Reports on military cantonments and civil stations in the Presidency of Bombay inspected by the Sanitary Commissioner in the years 1875 and 1876
Year: 1875
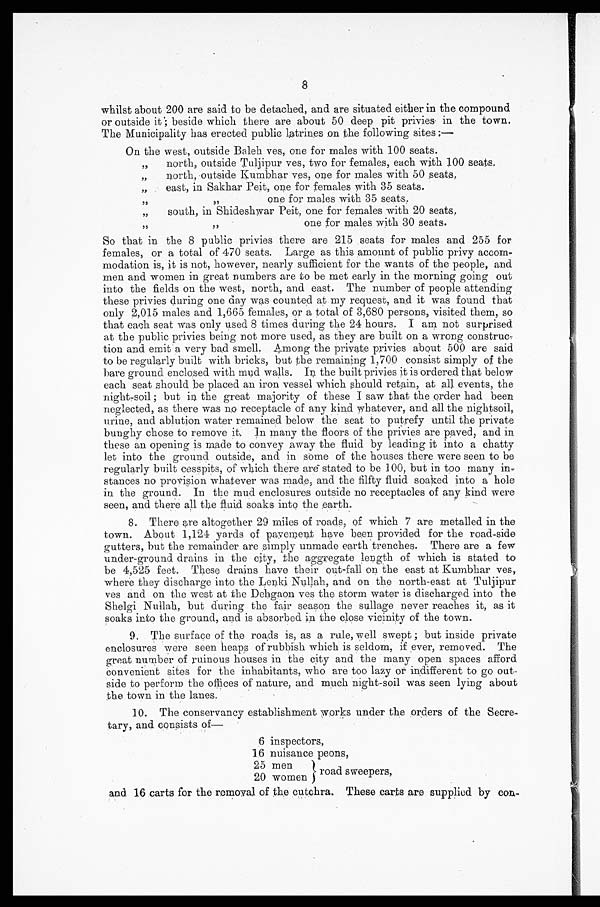
8
whilst about 200 are said to be detached, and are situated either in the compound
or outside it; beside which there are about 50 deep pit privies in the town.
The Municipality has erected public latrines on the following sites
: —
On the west, outside Baleh ves, one for males with 100 seats.
,, north, outside Tuljipur ves, two for females, each with 100 seats.
„
north, outside Kumbhar yes, one for males with 50 seats,
„
east, in Sakhar Peit, one for females with 35 seats.
,,
,, one for males with 35 seats.
„
south, in Shideshwar Peit, one for females with 20 seats,
,, ,, one for males with 30 seats.
So that in the 8 public privies there are 215 seats for males and 255 for
females, or a total of 470 seats. Large as this amount of public privy accom
-modation is, it is not, however, nearly sufficient for the wants of the people, and
men and women in great numbers are to be met early in the morning going out
into the fields on the west, north, and east. The number of people attending
these privies during one day was counted at my request, and it was found that
only 2,015 males and 1,665 females, or a total of 3,680 persons, visited them, so
that each seat was only used 8 times during the 24 hours. I am not surprised
at the public privies being not more used, as they are built on a wrong construc-
tion and emit a, very bad smell. Among the private privies about 500 are said
to be regularly built with bricks, but the remaining 1,700 consist simply of the
hare ground enclosed with mud walls. In the built privies it is ordered that below
each seat should be placed an iron vessel which should retain, at all events, the
night-soil; but in the great majority of these I saw that the order had been
neglected, as there was no receptacle of any kind whatever, and all the nightsoil,
urine, and ablution water remained below the seat to putrefy until the private
bunghy chose to remove it. In many the floors of the privies are paved, and in
these an opening is made to convey away the fluid by leading it into a chatty
let into the ground outside, and in some of the houses there were seen to be
regularly built cesspits, of which there are stated to be 100, but in too many in
-stances no provision whatever was made, and the filfty fluid soaked into a hole
in the ground. In the mud enclosures outside no receptacles of any kind were
seen, and there all the fluid soaks hate the earth.
8. There are altogether 29 miles of roads, of which 7 are metalled in the
town. About 1,124 yards of pavement have been provided for the road-side
gutters, but the remainder are simply unmade earth trenches. There are a few
under-ground drains in the city, the aggregate length of which is stated to
be 4,525 feet. These drains have their out-fall on the east at Kumbhar yes,
where they discharge into the Lenki Nullah, and on the north-east at Tuljipur
ves and on the west at the Deh gaon ves the storm water is discharged into the
Shelgi Nullah, but during the fair season the sullage never reaches it, as it
soaks into the ground, and is absorbed in the close vicinity of the town.
9. The surface of the roads is, as a rule, well swept; but inside private
enclosures were seen heaps of rubbish which is seldom, if ever, removed. The
great number of ruinous houses in the city and the many open spaces afford
Convenient sites for the inhabitants, who are too lazy or indifferent to go out
- s i d e t o p e r f o r m t h e o f f i c e s o f n a t u r e , a n d m u c h n i g h t - s o i l w a s s e e n l y i n g a b o u t
the town in the lanes.
10. The conservancy establishment works under the orders of the Secre--
tary, and consists of—
6 inspectors,
16 nuisance peons,
25 men
road sweepers,
20 women
and. 16 carts for the removal of the cutchra. These carts are supplied by co